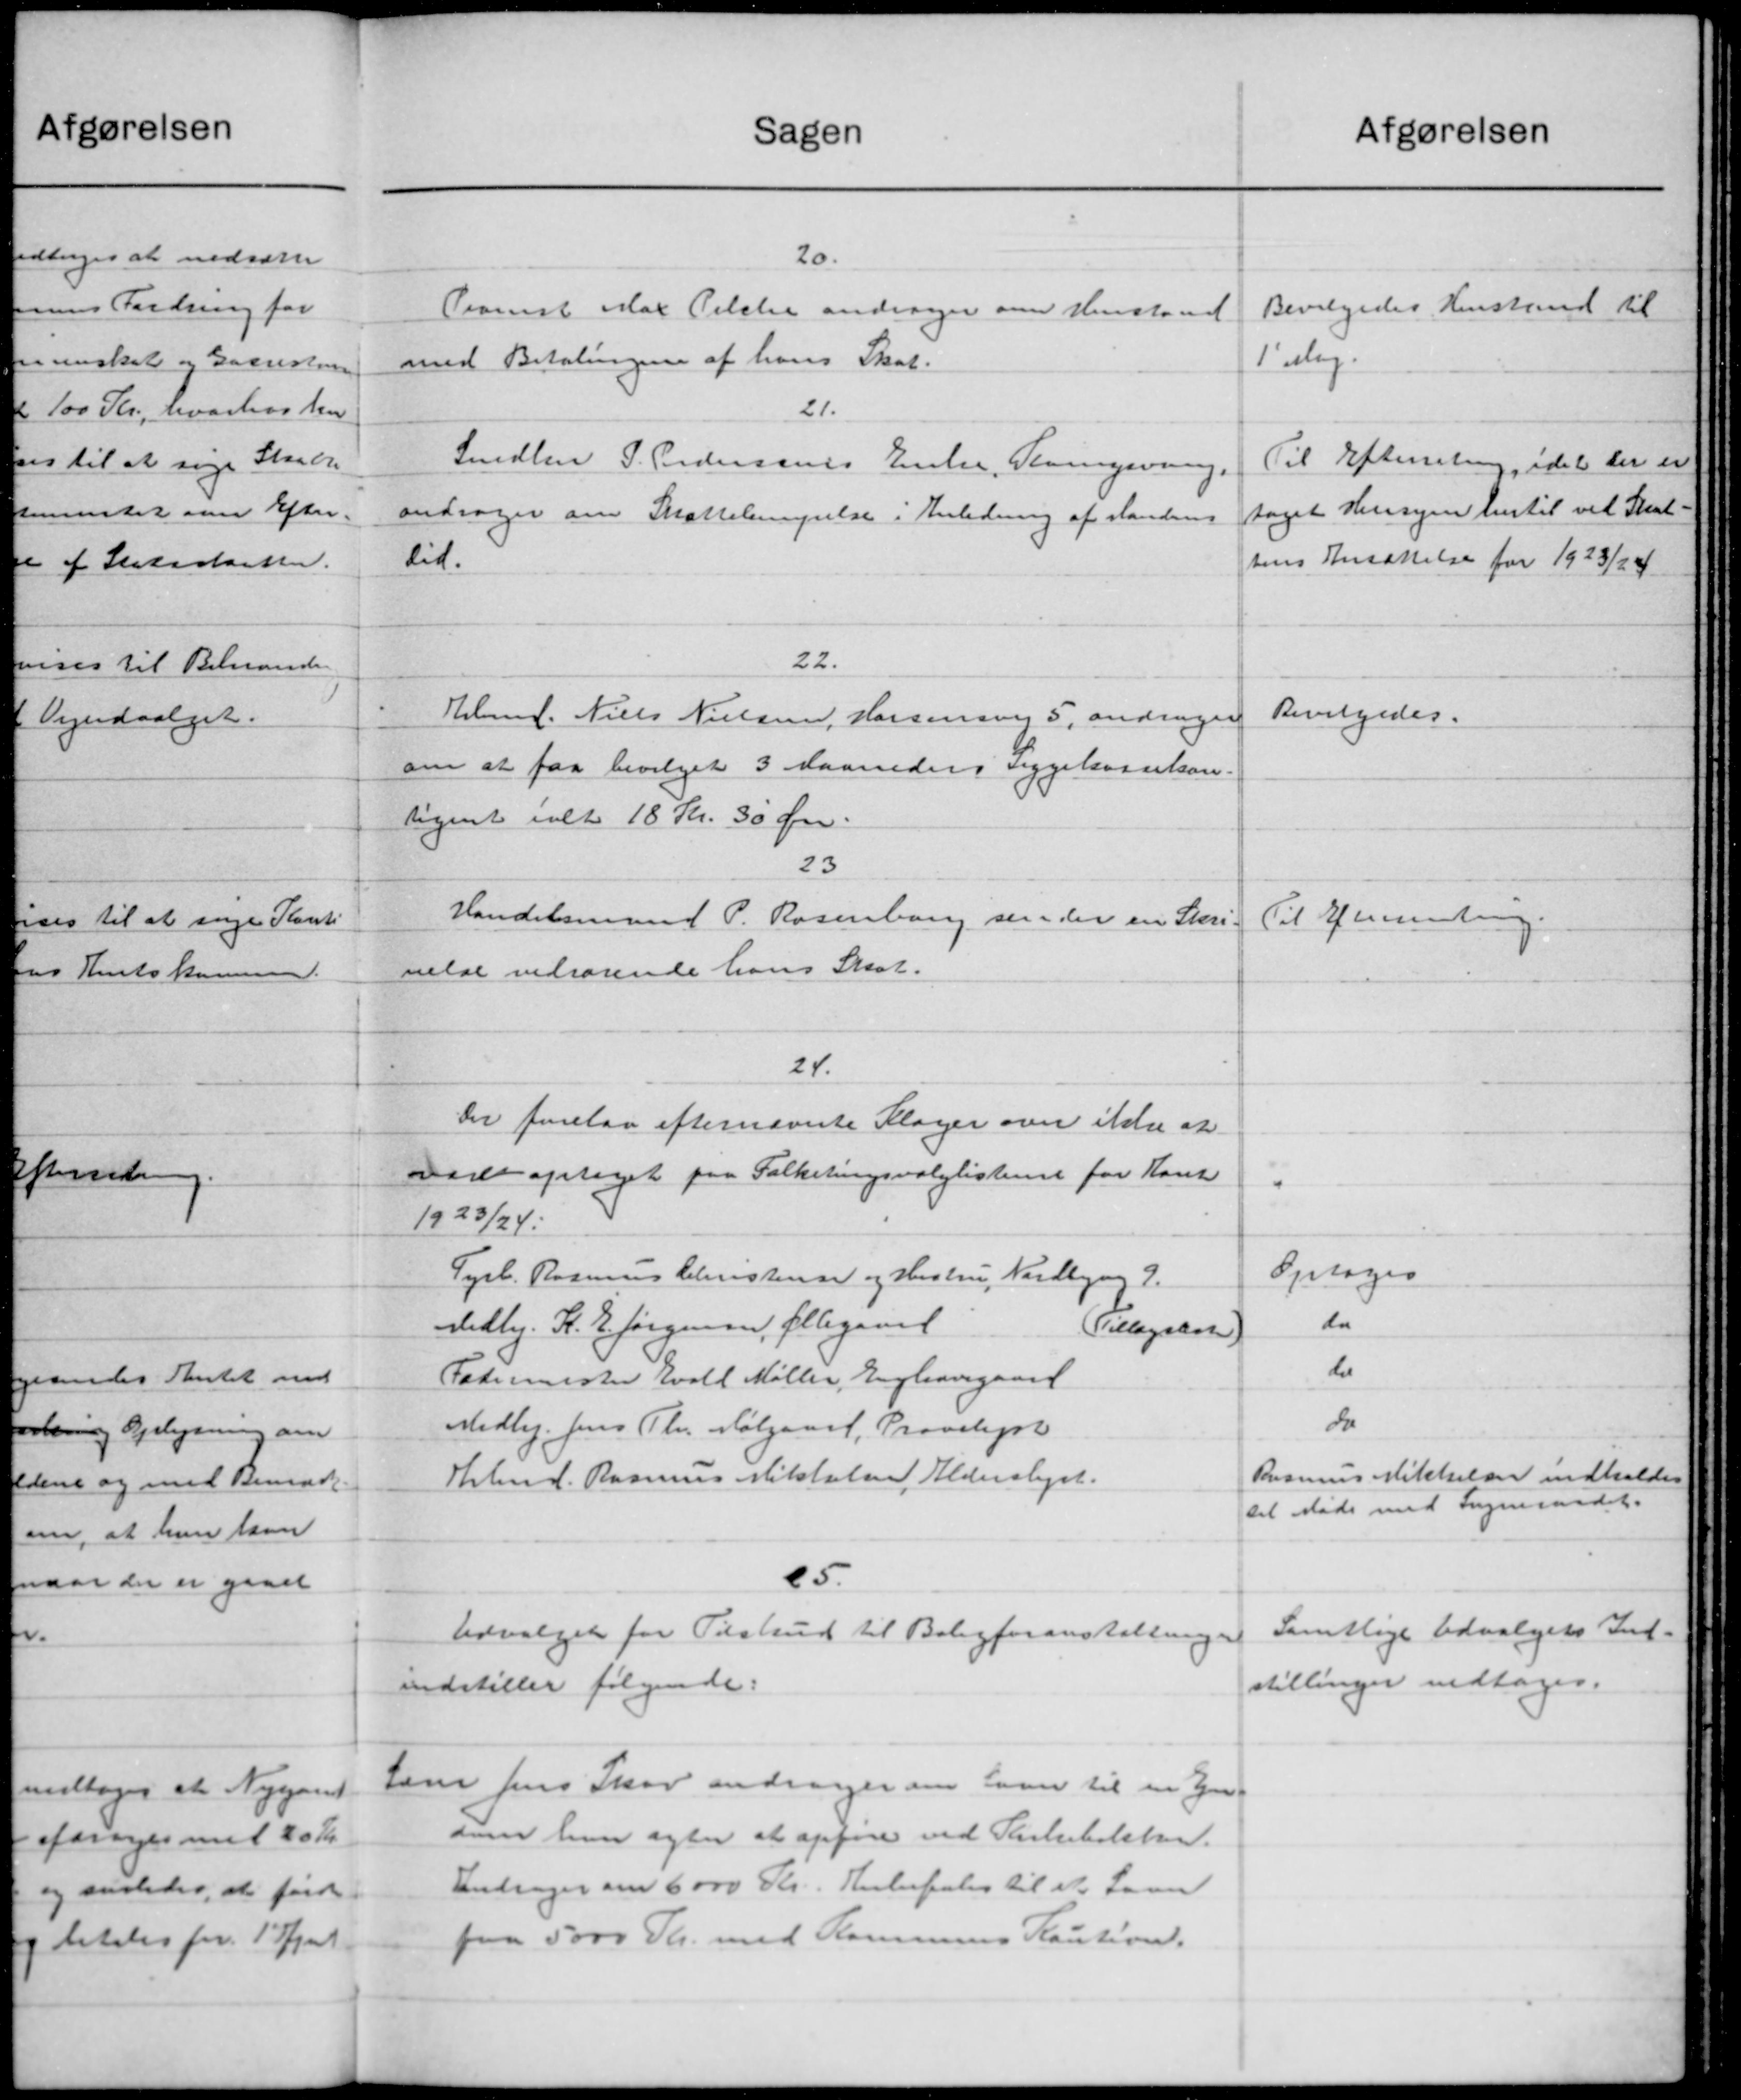
Transskription:
Sagen
20.
Provst Max Tilske andrager om Henstand
med Betalingen af hans Skat.
21.
Smedlem P. Pedersens Enke, Stomgivning.
andrager om Skattelempelse i Anledning af standens
did.
22.
Kbmd. Niels Nielsen, Horsensvej 5, andrager
om at faa bevilget 3 Maaneders Sygekassekon-
tiget ialt 18 Kr. 30 Øre.
23
Handelsmand P. Rosenborg sender en Skri-
velse vedrørende hans Skat.
24.
Der forelaa efternævnte Klager over ikke at
varet optaget paa Folketingsvalglistense for Kont
1923/24.
Tyrl. Rasmus Christensen og Hustru, Nordbyng 2.
Vedlig. R. P. Jørgensen, Ellegaaet
(Tillægskor
Fodermester Evald Møller, Enghavegaard
Medler Jens Th. Mølgaard, Proveliget
Hrbmd. Rasmus Mikkelse Alderslyst.
15.
Udvalget for Tilskud til Boligforanstaltninger
indstiller følgende:
Lærer Jens Skov andrager om Laan til en En
som hver agter at opføre ved Kirkebollen.
Andrager om 6000 Kr. Anbefales til et Laan
paa 5000 Kr. med Kommunens Kaution.